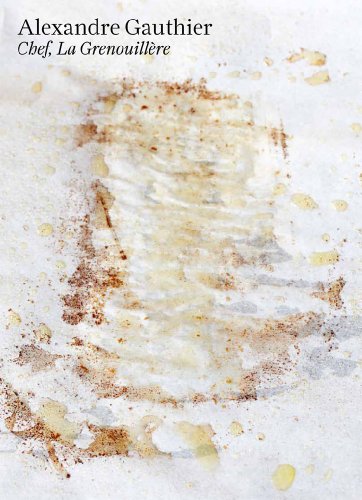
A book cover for Alexandre Gauthier: Chef, La GrenouillÃ¨re; Alexandre Gauthier; Cookbooks, Food & Wine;